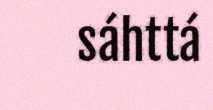
sáhttá